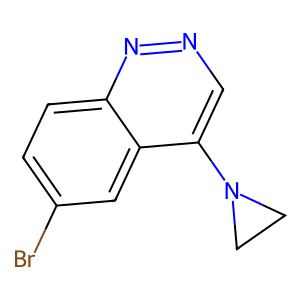
SMILES: Brc1ccc2nncc(N3CC3)c2c1
Inhibits HIV replication: No